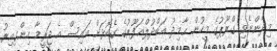
މިދެންނެވި ގްރޫޕުގެ މީހުން ޙާމިދު ޢަބްދުލްޣަފޫރުގެ ގެކޮޅަށް އައިސް އެ ޖަރީމާ ހިންގިއިރު